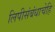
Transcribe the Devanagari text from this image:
लिपीसंबंधाचेहि